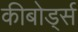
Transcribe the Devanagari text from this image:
कीबोर्ड्स